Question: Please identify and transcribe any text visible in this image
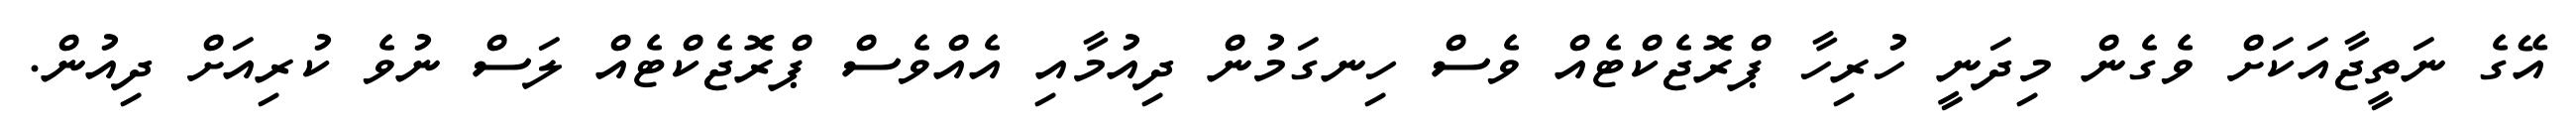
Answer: އޭގެ ނަތީޖާއަކަށް ވެގެން މިދަނީ ހުރިހާ ޕްރޮޖެކްޓެއް ވެސް ހިނގަމުން ދިއުމާއި އެއްވެސް ޕްރޮޖެކްޓެއް ލަސް ނުވެ ކުރިއަށް ދިއުން.